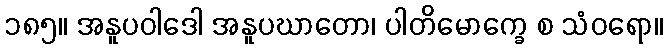
၁၈၅။ အနူပဝါဒေါ အနူပဃာတော၊ ပါတိမောက္ခေ စ သံဝရော။